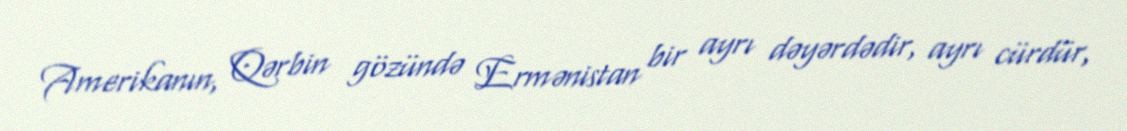
Amerikanın, Qərbin gözündə Ermənistan bir ayrı dəyərdədir, ayrı cürdür,